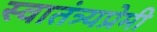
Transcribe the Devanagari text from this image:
स्वातंत्र्यप्रेमी